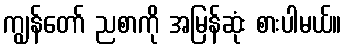
ကျွန်တော် ညစာကို အမြန်ဆုံး စားပါမယ်။